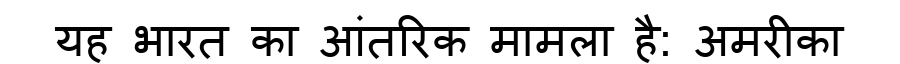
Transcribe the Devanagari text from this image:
यह भारत का आंतरिक मामला है: अमरीका